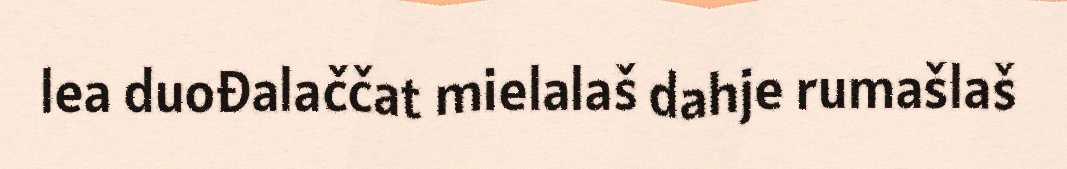
lea duođalaččat mielalaš dahje rumašlaš